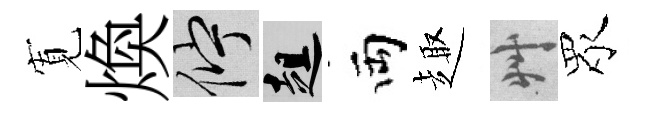
𡩖煥伫趄両趣艸眾